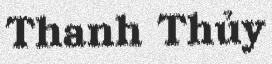
Thanh Thủy